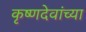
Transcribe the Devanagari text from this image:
कृष्णदेवांच्या